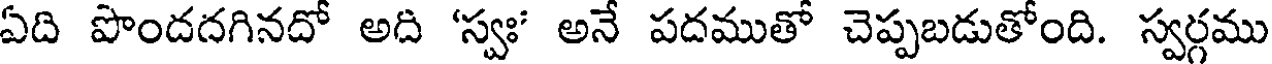
ఏది పొందదగినదో అది 'స్వః' అనే పదముతో చెప్పబడుతోంది. స్వర్గము